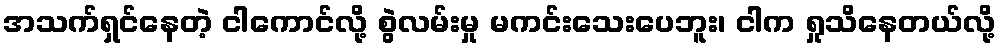
အသက်ရှင်နေတဲ့ ငါကောင်လို့ စွဲလမ်းမှု မကင်းသေးပေဘူး၊ ငါက ရှုသိနေတယ်လို့